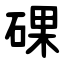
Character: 䂺